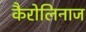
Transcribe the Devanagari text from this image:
कैरोलिनाज